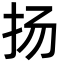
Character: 扬